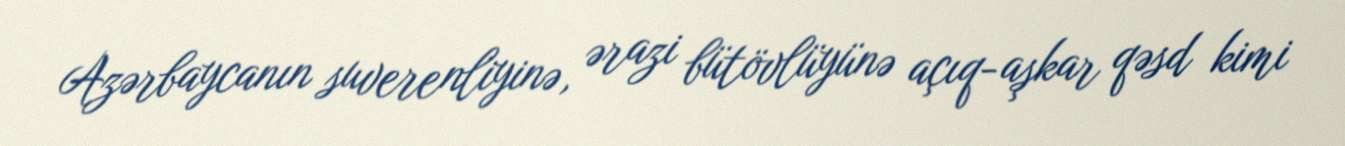
Azərbaycanın suverenliyinə, ərazi bütövlüyünə açıq-aşkar qəsd kimi